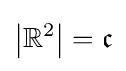
\left\vert \mathbb {R} ^{2}\right\vert ={\mathfrak {c}}